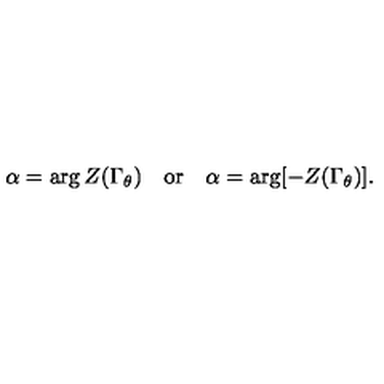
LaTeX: \alpha = \arg Z ( \Gamma _ { \theta } ) \quad \mathrm { o r } \quad \alpha = \arg [ - Z ( \Gamma _ { \theta } ) ] .